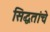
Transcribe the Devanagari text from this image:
सिद्धतांचे